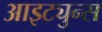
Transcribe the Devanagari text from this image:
आइट्युन्स